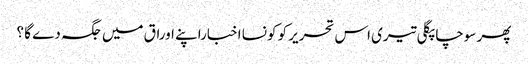
پھر سوچا پگلی تیری اس تحریر کو کونسا اخباراپنے اوراق میں جگہ دے گا ؟